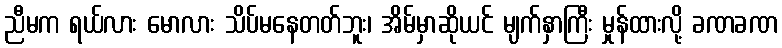
ညီမက ရယ်လား မောလား သိပ်မနေတတ်ဘူး၊ အိမ်မှာဆိုယင် မျက်နှာကြီး မှုန်ထားလို့ ခဏခဏ